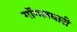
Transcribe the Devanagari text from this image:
गॉगलधारी